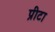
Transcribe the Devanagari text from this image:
प्रीटा